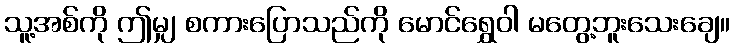
သူ့အစ်ကို ဤမျှ စကားပြောသည်ကို မောင်ရွှေဝါ မတွေ့ဘူးသေးချေ။